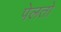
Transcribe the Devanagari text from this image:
पेलतो